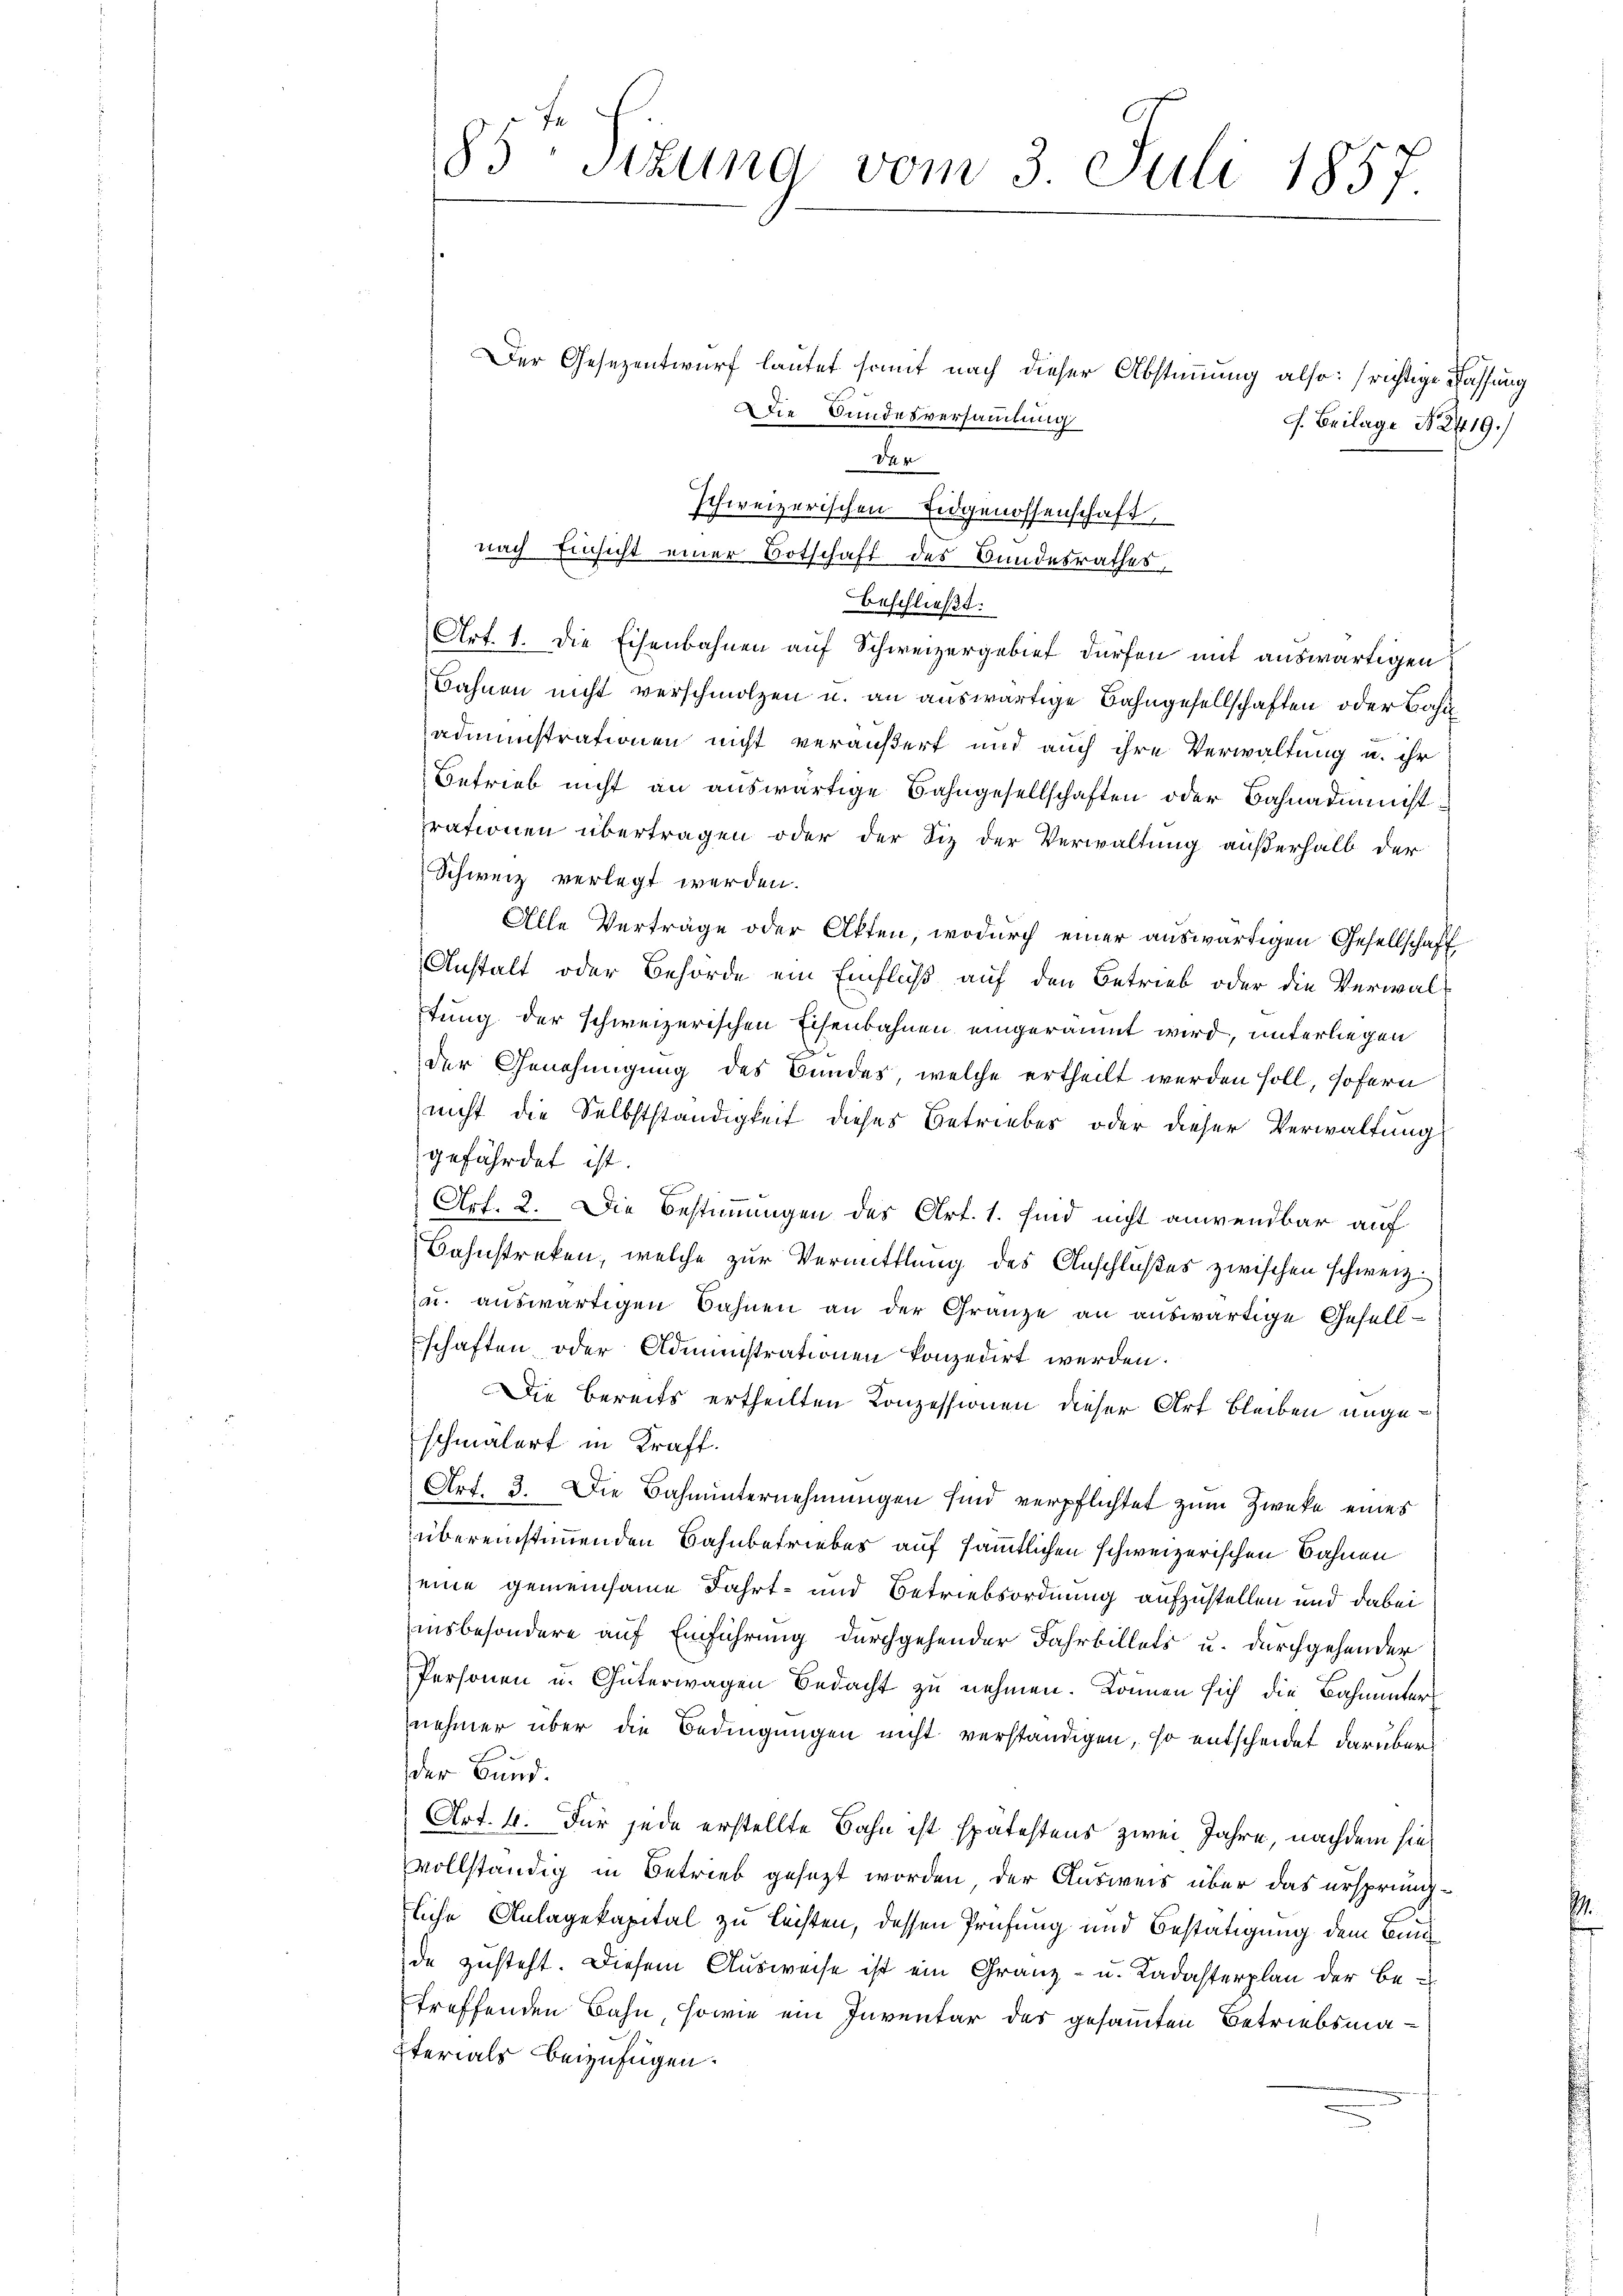
.
85 Sitzung vom 3. Juli 1857.

Der Gesezentwurf lautet somit nach dieser Abstimmung also: (richtige Fah
Die Bundesversammlung
J. Beilage No. 241
schweizerischen Eidgenossenschaft,
beschließt:
Art. 1. Die Eisenbahnen auf Schweizergebiet dürfen mit auswärtigen
Bahnen nicht verschmolzen u. an auswärtige Bahngesellschaften oder Bahn
administrationen nicht veräußert und auch ihre Verwaltung u. ihr
Betrieb nicht an auswärtige Bahngesellschaften oder Bahnadministrationen übertragen oder der Siz der Verwaltung außerhalb der
Schweiz verlegt werden.
Alle Verträge oder Akten, wodurch einer auswärtigen Gesellschaft
Anstalt oder Behörde ein Einfluß auf den Betrieb oder die Verwalt
tung der schweizerischen Eisenbahnen eingeräumt wird, unterliegen
der Genehmigung des Bundes, welche ertheilt werden soll, sofern
nicht die Selbstständigkeit dieses Betriebes oder dieser Verwaltung
gefährdet ist.
Art. 2. Die Bestimmungen des Art. 1. sind nicht anwendbar auf
Bahnstreken, welche zur Vermittlung des Anschlußes zwischen schweiz.
u. auswärtigen Bahnen an der Gränze an auswärtige Gesellschaften oder Administrationen konzedirt werden.
Die bereits ertheilten Konzessionen dieser Art bleiben ungeschmälert in Kraft.
Art. 3. Die Bahnunternehmungen sind verpflichtet zum Zwecke eines
übereinstimmenden Bahnbetriebes auf sämmtlichen schweizerischen Bahnen
eine gemeinsame Fahrt- und Betriebsordnung aufzustellen und dabei
insbesondere auf Einführung durchgehender Fahrbillets u. durchgehender
Personen u. Güterwagen Bedacht zu nehmen. Können sich die Bahnunter
nehmer über die Bedingungen nicht verständigen, so entscheidet darüber
der Bund.
Art. 4. Für jede erstellte Bahn ist spätestens zwei Jahre, nachdem sie
vollständig in Betrieb gesezt worden, der Ausweis über das ursprungliche Anlagekapital zu leisten, dessen Prüfung und Bestätigung dem Bund
de zusteht. Diesem Ausweise ist ein Gränz(...). Kadasterplan der Be-
treffenden Bahn, sowie ein Inventar des gesammten Betriebsmaterials beizufügen.

Der
nach Einsicht einer Botschaft des Bundesrathes,

)

hung